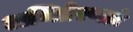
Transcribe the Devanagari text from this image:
अभिप्रेरणाएं